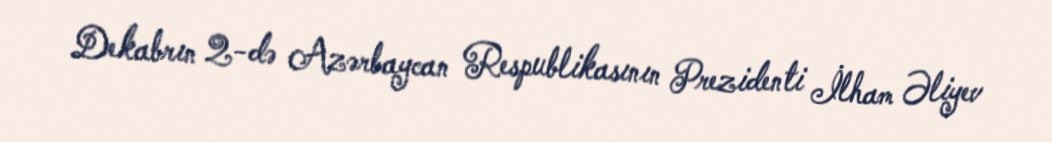
Dekabrın 2-də Azərbaycan Respublikasının Prezidenti İlham Əliyev